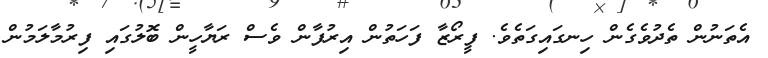
އެތަނުން ތެދުވެގެން ހިނގައިގަތެވެ. ފީރޯޒާ ފަހަތުން އިރުފާން ވެސް ރަޔާހީން ބޮލުގައި ފިރުުމާލަމުން